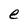
Character: e